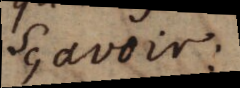
Sçavoir :